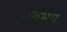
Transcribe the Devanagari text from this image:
जगभग